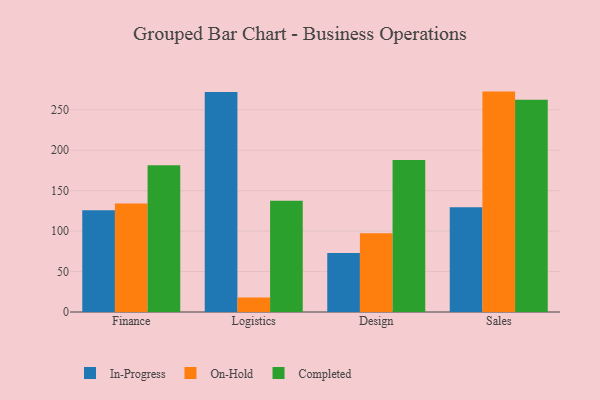
{"axis": {"x": "Department", "y": "Market Share (%)"}, "legend": ["Completed", "In-Progress", "On-Hold"], "data": [{"x": "Finance", "y": 125.9, "type": "In-Progress"}, {"x": "Finance", "y": 134.0, "type": "On-Hold"}, {"x": "Finance", "y": 181.5, "type": "Completed"}, {"x": "Logistics", "y": 272.1, "type": "In-Progress"}, {"x": "Logistics", "y": 18.0, "type": "On-Hold"}, {"x": "Logistics", "y": 137.4, "type": "Completed"}, {"x": "Design", "y": 72.9, "type": "In-Progress"}, {"x": "Design", "y": 97.5, "type": "On-Hold"}, {"x": "Design", "y": 187.9, "type": "Completed"}, {"x": "Sales", "y": 129.4, "type": "In-Progress"}, {"x": "Sales", "y": 272.5, "type": "On-Hold"}, {"x": "Sales", "y": 262.3, "type": "Completed"}]}